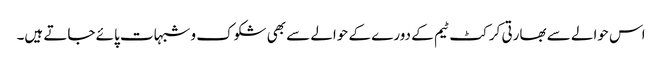
اس حوالے سے بھارتی کرکٹ ٹیم کے دورے کے حوالے سے بھی شکوک و شبہات پائے جاتے ہیں۔